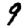
Digit: 9